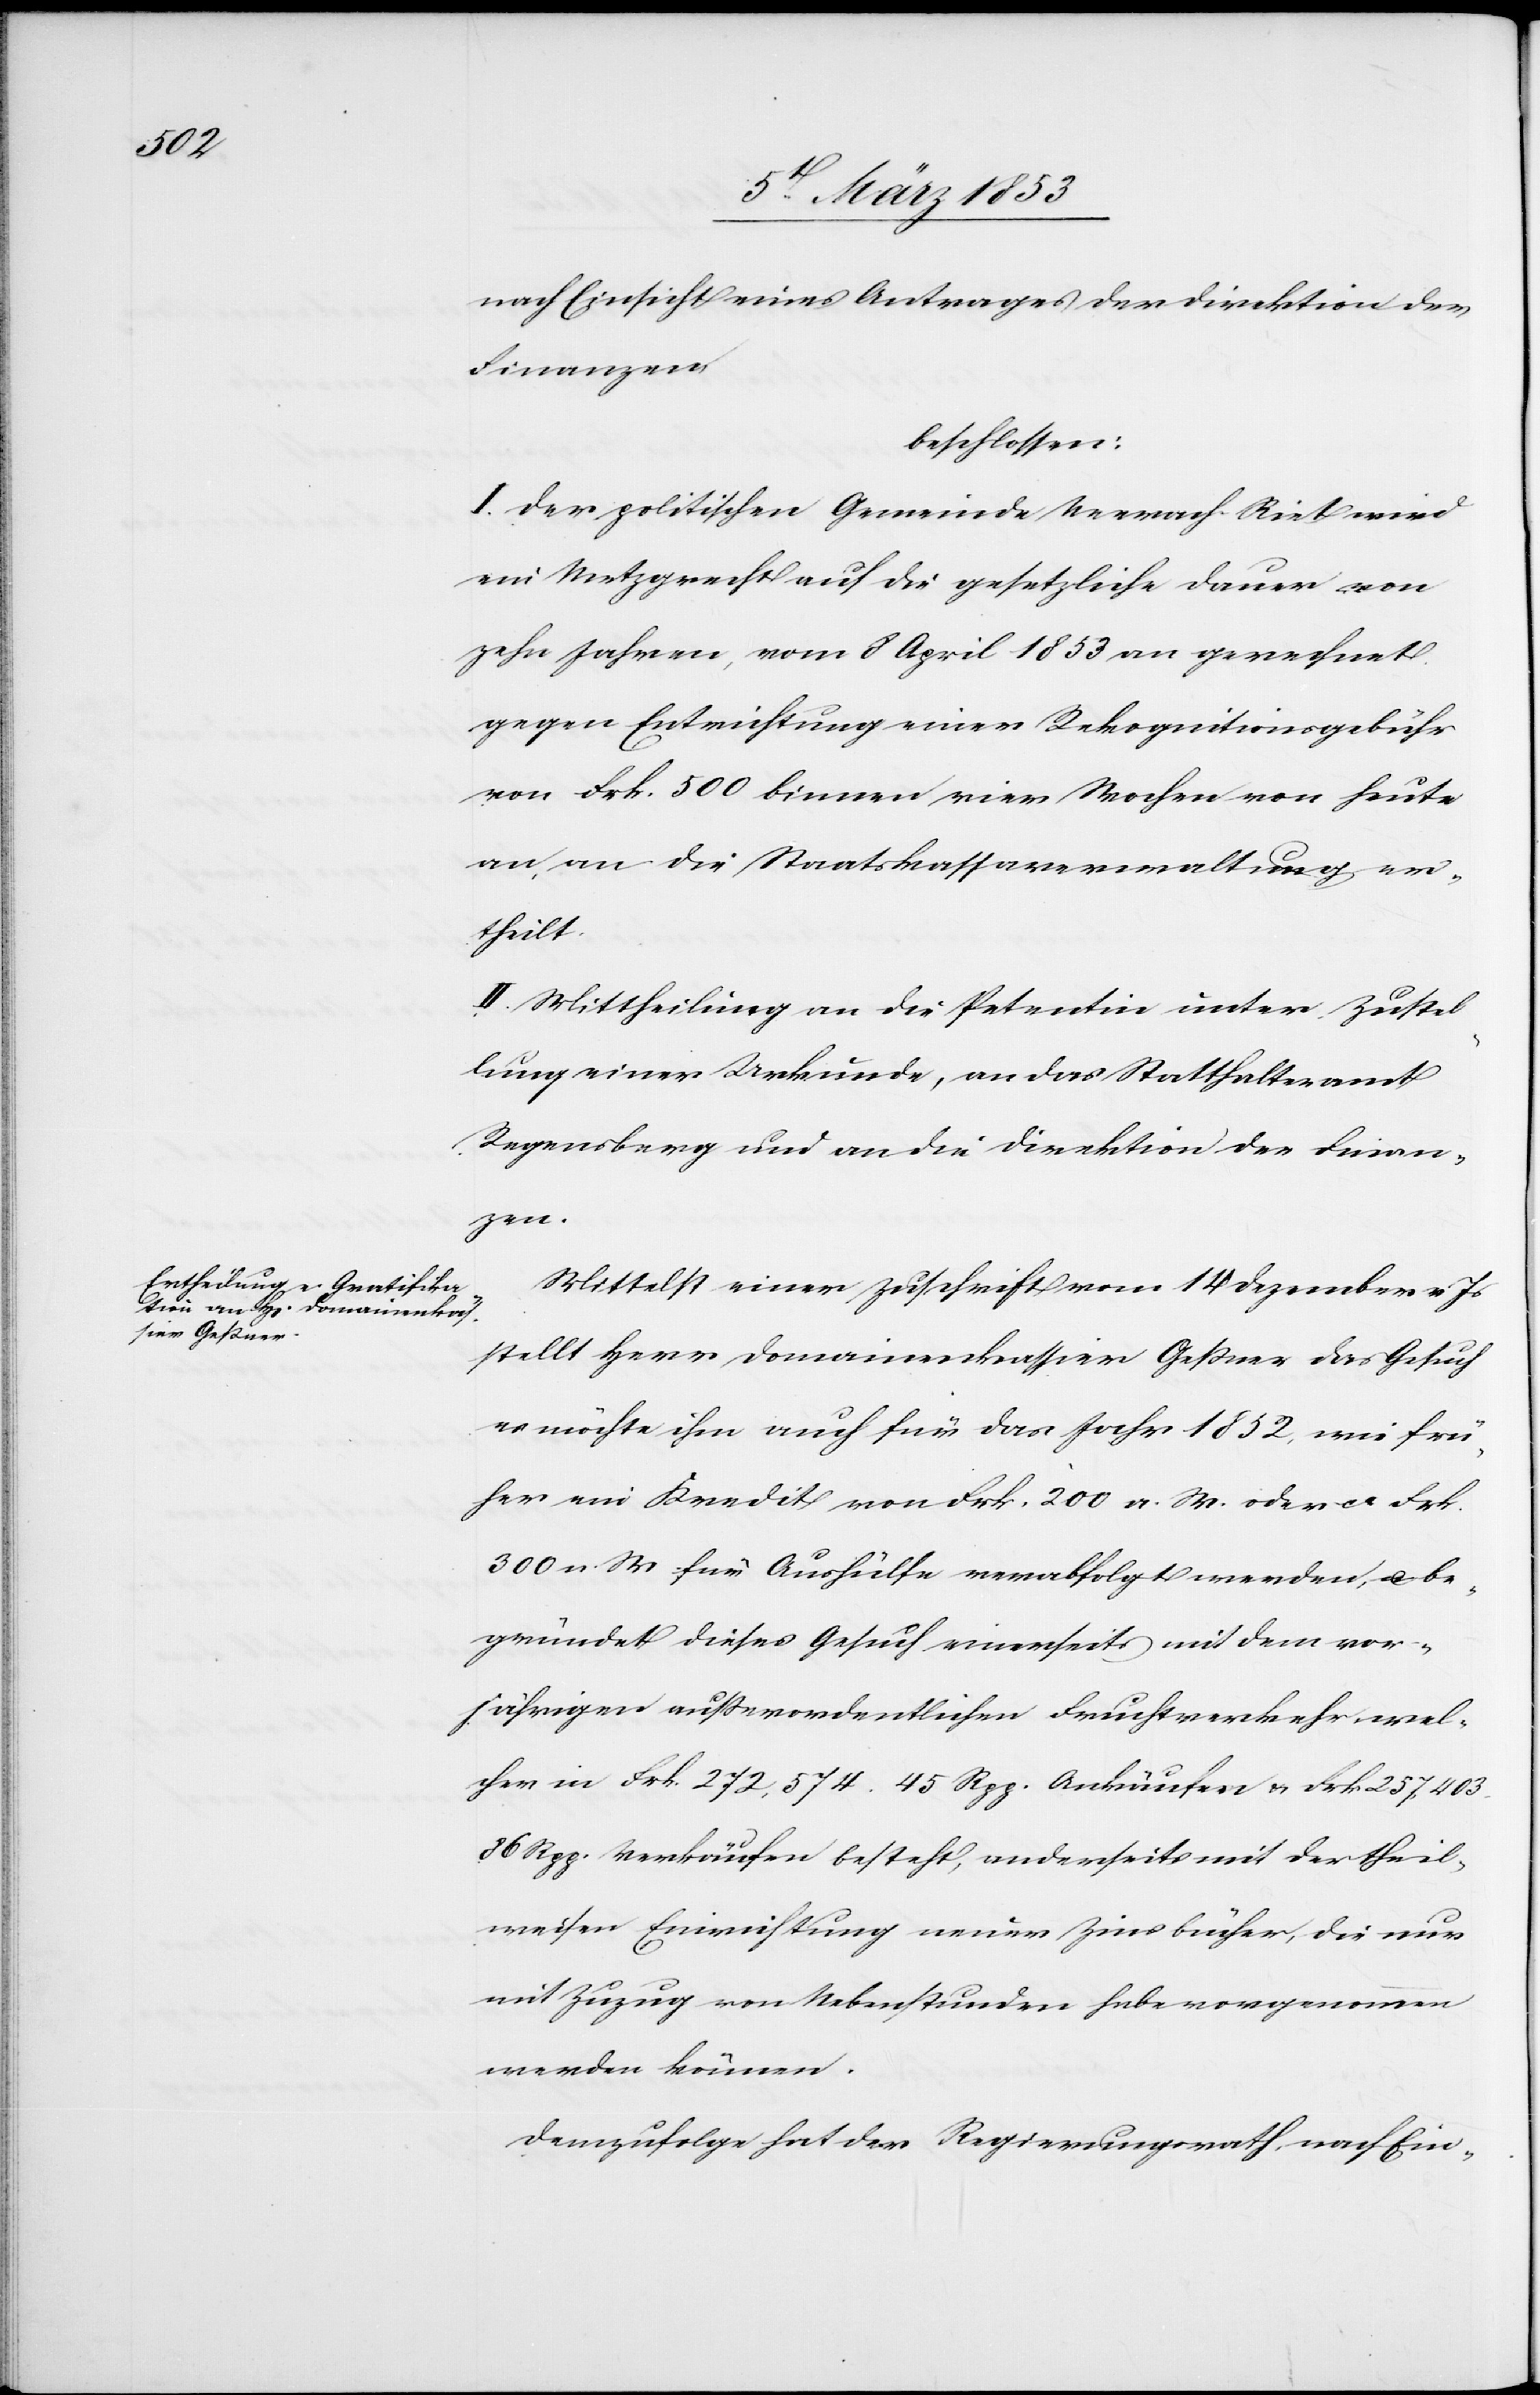
nach Einsicht eines Antrages der Direktion der
Finanzen
beschlossen:
I. Der politischen Gemeinde Neerach-Riet wird
ein Metzgrecht auf die gesetzliche Dauer von
zehn Jahren, vom 8 April 1853 an gerechnet
gegen Entrichtung einer Rekognitionsgebühr
von Frk. 500 binnen vier Wochen von heute
an, an die Staatskaassaverwaltung er¬
theilt.
II. Mittheilung an die Petentin unter Zustel¬
lung einer Urkunde, an das Statthalteramt
Regensberg und an die Direktion der Finan¬
zen.
Mittelst einer Zuschrift vom 14 Dezember v. Js.
stellt Herr Domainenkassier Geßner das Gesuch
es möchte ihm auch für das Jahr 1852, wie frü¬
her ein Kredit von Frk. 200 a. W. oder ca. Frk.
300 n. W. für Aushülfe verabfolgt werden, u. be¬
gründet dieses Gesuch einerseits mit dem vor¬
jährigen außerordentlichen Fruchtverkehr wel¬
cher in Frk. 272, 574. 45 Rpp. Ankäufen u. Frk. 257. 403.
86 Rpp. Verkäufen besteht, anderseits mit der theil¬
weisen Einrichtung neuer Zinsbücher, die nur
mit Zuzug von Ueberstunden habe vorgenommen
werden können.
Demzufolge hat der Regierungsrath, nach Ein-